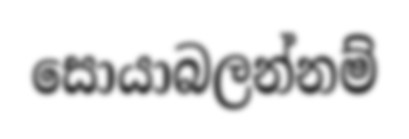
සොයාබලන්නම්